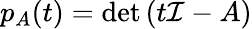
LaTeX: p_{A}(t)=\operatorname*{det}\left(t\mathcal{I}-A\right)